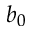
b _ { 0 }